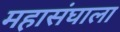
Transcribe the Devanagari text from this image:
महासंघाला